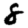
Digit: 8